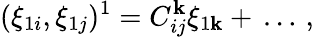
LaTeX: (\xi_{1i},\xi_{1j})^{1}=C_{ij}^{\mathbf{k}}\xi_{1\mathbf{k}}+\, \ldots\, ,